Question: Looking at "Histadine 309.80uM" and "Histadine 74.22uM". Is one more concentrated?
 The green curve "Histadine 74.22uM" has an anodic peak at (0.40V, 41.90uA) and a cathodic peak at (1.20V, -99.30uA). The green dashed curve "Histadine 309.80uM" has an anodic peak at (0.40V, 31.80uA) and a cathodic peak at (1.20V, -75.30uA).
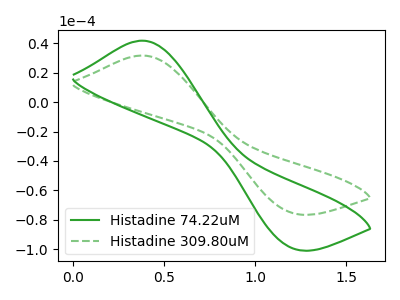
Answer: <think>All the peaks in "Histadine 309.80uM" have a peak in "Histadine 74.22uM" at the same potential. Every peak in "Histadine 309.80uM" is lower than every peak in "Histadine 74.22uM".
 </think>
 <answer>"Histadine 309.80uM" has less signal than "Histadine 74.22uM" and so likely has a lower concentration.</answer>
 <eval>less_concentration</eval>